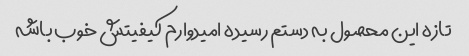
تازه این محصول به دستم رسیده امیدوارم کیفیتش خوب باشه